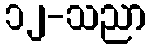
၁၂-သညာ